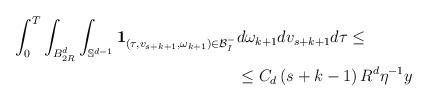
LaTeX: \begin{align*}\begin{aligned}\int_0^T \int_{B_{2R}^d} \int_{\mathbb{S}^{d-1}} \mathbf{1}_{\left(\tau,v_{s+k+1},\omega_{k+1}\right) \in \mathcal{B}^-_I}& d\omega_{k+1} dv_{s+k+1} d\tau \leq \\& \leq C_d \left(s+k-1\right) R^d \eta^{-1} y\end{aligned}\end{align*}